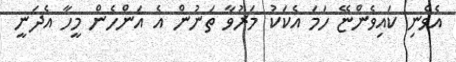
އެވެނި ކައިވެންޏޭ ހަމަ އެކަކު މަރުވާ ތަނުން އެ އަންހެން މީހާ އެދަނީ